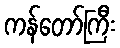
ကန်တော်ကြီး